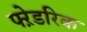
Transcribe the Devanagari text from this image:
फ्ऱेडरिक